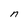
Character: n